Lunatic asylums Central Provinces reports 1886-1894 - 1886-1894
Year: 1886
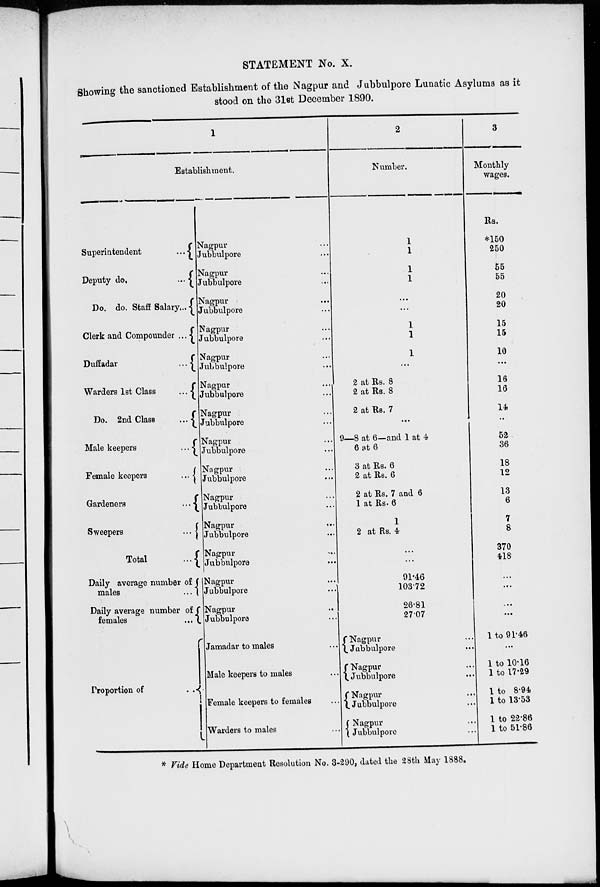
STATEMENT No. X.
Showing the sanctioned Establishment of the Nagpur and Jubbulpore Lunatic Asylums as it
stood on the 31st December 1890.
1
Establishment.
Superintendent
...
Deputy
do.
...
Do. do. Staff Salary ...
Clerk and Compounder ...
Duffadar
...
Warders 1st Class
...
Do. 2nd Class
...
Male keepers
...
Female keepers
...
Gardeners
...
Sweepers
...
Total
...
Daily average number of
males
...
Daily average number of
females
...
Proportion of
...
Nagpur ...
Jubbulpore ...
Nagpur ...
Jubbulpore ...
Nagpur ...
Jubbulpore ...
Nagpur ...
Jubbulpore ...
Nagpur ...
Jubbulpore ...
Nagpur
...
Jubbulpore ...
Nagpur ...
Jubbulpore ...
Nagpur ...
Jubbulpore ...
Nagpur ...
Jubbulpore ...
Nagpur ...
Jubbulpore ...
Nagpur
...
Jubbulpore ...
Nagpur ...
Jubbulpore ...
Nagpur ...
Jubbulpore ...
Nagpur ...
Jubbulpore ...
Jamadar to males ...
Male keepers to males ...
Female keepers to females ...
Warders to males ...
2
Number.
1
1
1
1
...
...
1
1
1
...
2 at Rs. 8
2 at Rs. 8
2 at Rs. 7
...
9—8 at 6—and 1 at 4
6 at 6
3 at Rs. 6
2 at Rs. 6
2 at Rs. 7 and 6
1 at Rs. 6
1
2 at Rs. 4
...
...
91.46
103.72
26.81
27.07
Nagpur ...
Jubbulpore ...
Nagpur ...
Jubbulpore ...
Nagpur ...
Jubbulpore ...
Nagpur ...
Jubbulpore ...
3
Monthly
wages.
Rs.
*150
250
55
55
20
20
15
15
10
...
16
16
14
...
52
36
18
12
13
6
7
8
370
418
...
...
...
...
1 to 91.46
...
1 to 10.16
1 to 17.29
1 to 8.94
1 to 13.53
1 to 22.86
1 to 51.86
* Vide Home Department Resolution No. 3-290, dated the 28th May 1888.